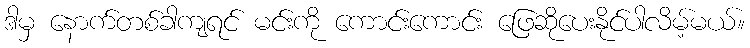
ဒါမှ နောက်တစ်ခါကျရင် မင်းကို ကောင်းကောင်း ဖြေဆိုပေးနိုင်ပါလိမ့်မယ်။